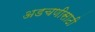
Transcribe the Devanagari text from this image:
अडचणीसाठी